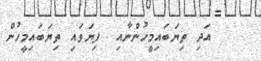
އަދި ތިޔަބައިމީހުންނާއި  ފިޔަވައި ތިޔަބައިމީހުން